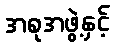
အစုအဖွဲ့နှင့်